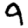
Digit: 9